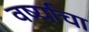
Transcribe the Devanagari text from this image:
वर्ष्याचा